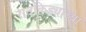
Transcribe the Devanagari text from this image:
रातकिड्याच्या